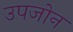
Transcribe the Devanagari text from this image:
उपजोन